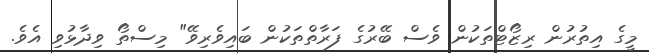
މީގެ އިތުރުން ރިޒޯޓްތަކުން ވެސް ބޭރުގެ ފަރާތްތަކުން ބައިވެރިވޭ" މިސްތޯ ވިދާޅުވި އެވެ.